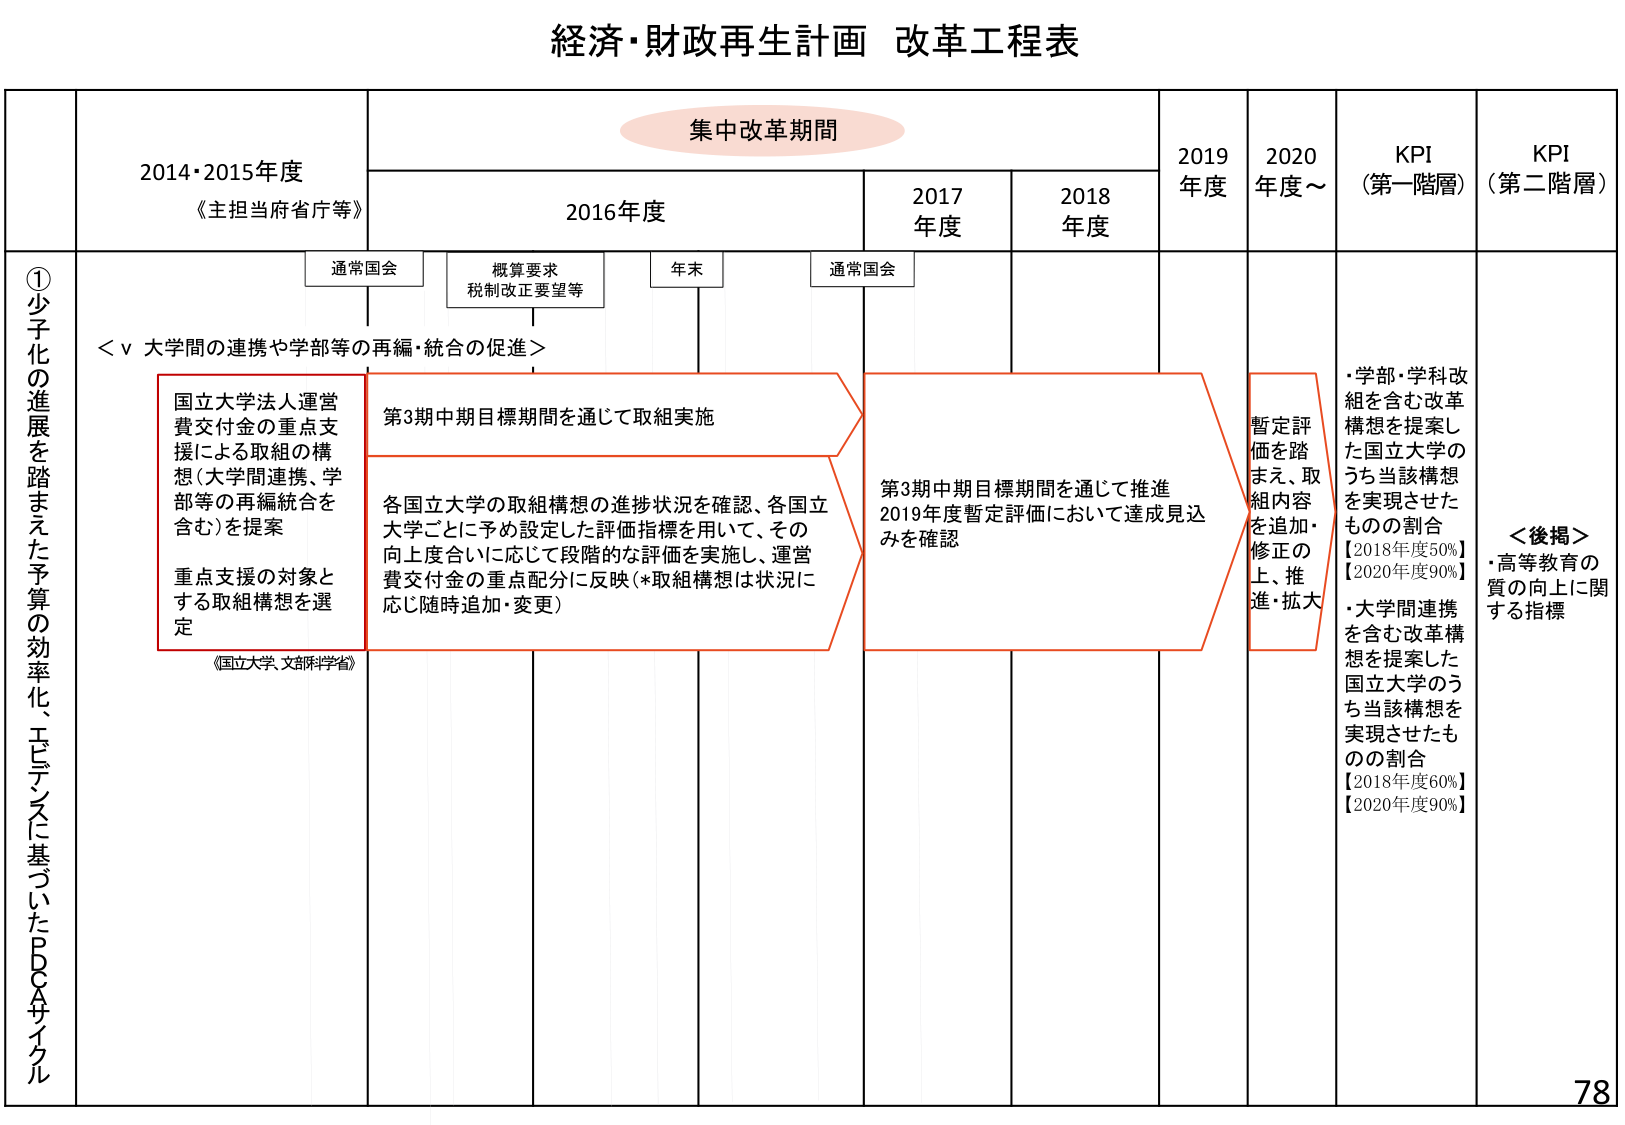
経済・財政再生計画 改革工程表

集中改革期間

2014・2015年度
《主担当府省庁等》

2016年度

2017年度

2018年度

2019年度

2020年度～

KPI
（第一階層）

KPI
（第二階層）

①少子化の進展を踏まえた予算の効率化、エビデンスに基づいたPDCAサイクル

通常国会

概算要求
税制改正要望等

年末

通常国会

＜ⅴ 大学間の連携や学部等の再編・統合の促進＞

国立大学法人運営費交付金の重点支援による取組の構想（大学間連携、学部等の再編統合を含む）を提案
重点支援の対象とする取組構想を選定

第3期中期目標期間を通じて取組実施

各国立大学の取組構想の進捗状況を確認、各国立大学ごとに予め設定した評価指標を用いて、その向上度合いに応じて段階的な評価を実施し、運営費交付金の重点配分に反映（*取組構想は状況に応じ随時追加・変更）

第3期中期目標期間を通じて推進
2019年度暫定評価において達成見込みを確認

暫定評価を踏まえ、取組内容を追加・修正の上、推進・拡大

・学部・学科改組を含む改革構想を提案した国立大学のうち当該構想を実現させたものの割合
【2018年度50%】
【2020年度90%】

・大学間連携を含む改革構想を提案した国立大学のうち当該構想を実現させたものの割合
【2018年度60%】
【2020年度90%】

＜後掲＞
・高等教育の質の向上に関する指標

《国立大学、文部科学省》

78